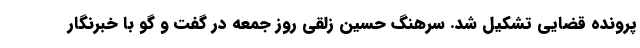
پرونده قضایی تشکیل شد. سرهنگ حسین زلقی روز جمعه در گفت و گو با خبرنگار